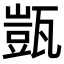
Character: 𭺤